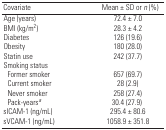
<table><thead><tr><td><b>Covariate</b></td><td><b>Mean ± SD or <i>n</i> (%)</b></td></tr></thead><tbody><tr><td>Age (years)</td><td>72.4 ± 7.0</td></tr><tr><td>BMI (kg/m<sup>2</sup>)</td><td>28.3 ± 4.2</td></tr><tr><td>Diabetes</td><td>126 (19.6)</td></tr><tr><td>Obesity</td><td>180 (28.0)</td></tr><tr><td>Statin use</td><td>242 (37.7)</td></tr><tr><td colspan="2">Smoking status</td></tr><tr><td> Former smoker</td><td>657 (69.7)</td></tr><tr><td> Current smoker</td><td>28 (2.9)</td></tr><tr><td> Never smoker</td><td>258 (27.4)</td></tr><tr><td> Pack-yearsa</td><td>30.4 (27.9)</td></tr><tr><td>sICAM-1 (ng/mL)</td><td>295.4 ± 80.6</td></tr><tr><td>sVCAM-1 (ng/mL)</td><td>1058.9 ± 351.8</td></tr></tbody></table>